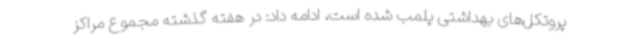
پروتکل‌های بهداشتی پلمب شده است، ادامه داد: در هفته گذشته مجموع مراکز